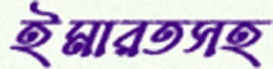
ইমারতসহ